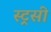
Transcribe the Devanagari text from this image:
स्ट्रसी